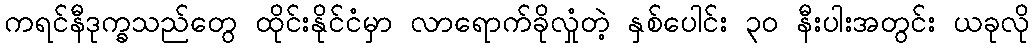
ကရင်နီဒုက္ခသည်တွေ ထိုင်းနိုင်ငံမှာ လာရောက်ခိုလှုံတဲ့ နှစ်ပေါင်း ၃၀ နီးပါးအတွင်း ယခုလို